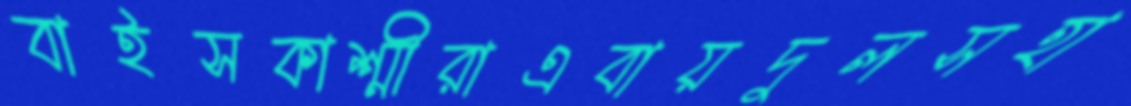
বাইসকাশ্মীরাএবায়দুলসহা